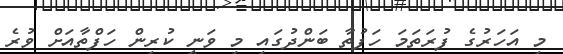
މި އަހަރުގެ ފުރަތަމަ ހަފުތާ ބަންދުގައި މި ވަނީ ކުރިން ހަފްތާއަށް ވުރެ